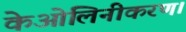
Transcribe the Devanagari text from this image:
केओलिनीकरण।